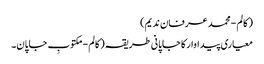
( کالم - محمد عرفان ندیم)
معیاری پیداوار کا جاپانی طریقہ ( کالم - مکتوبِ جاپان۔